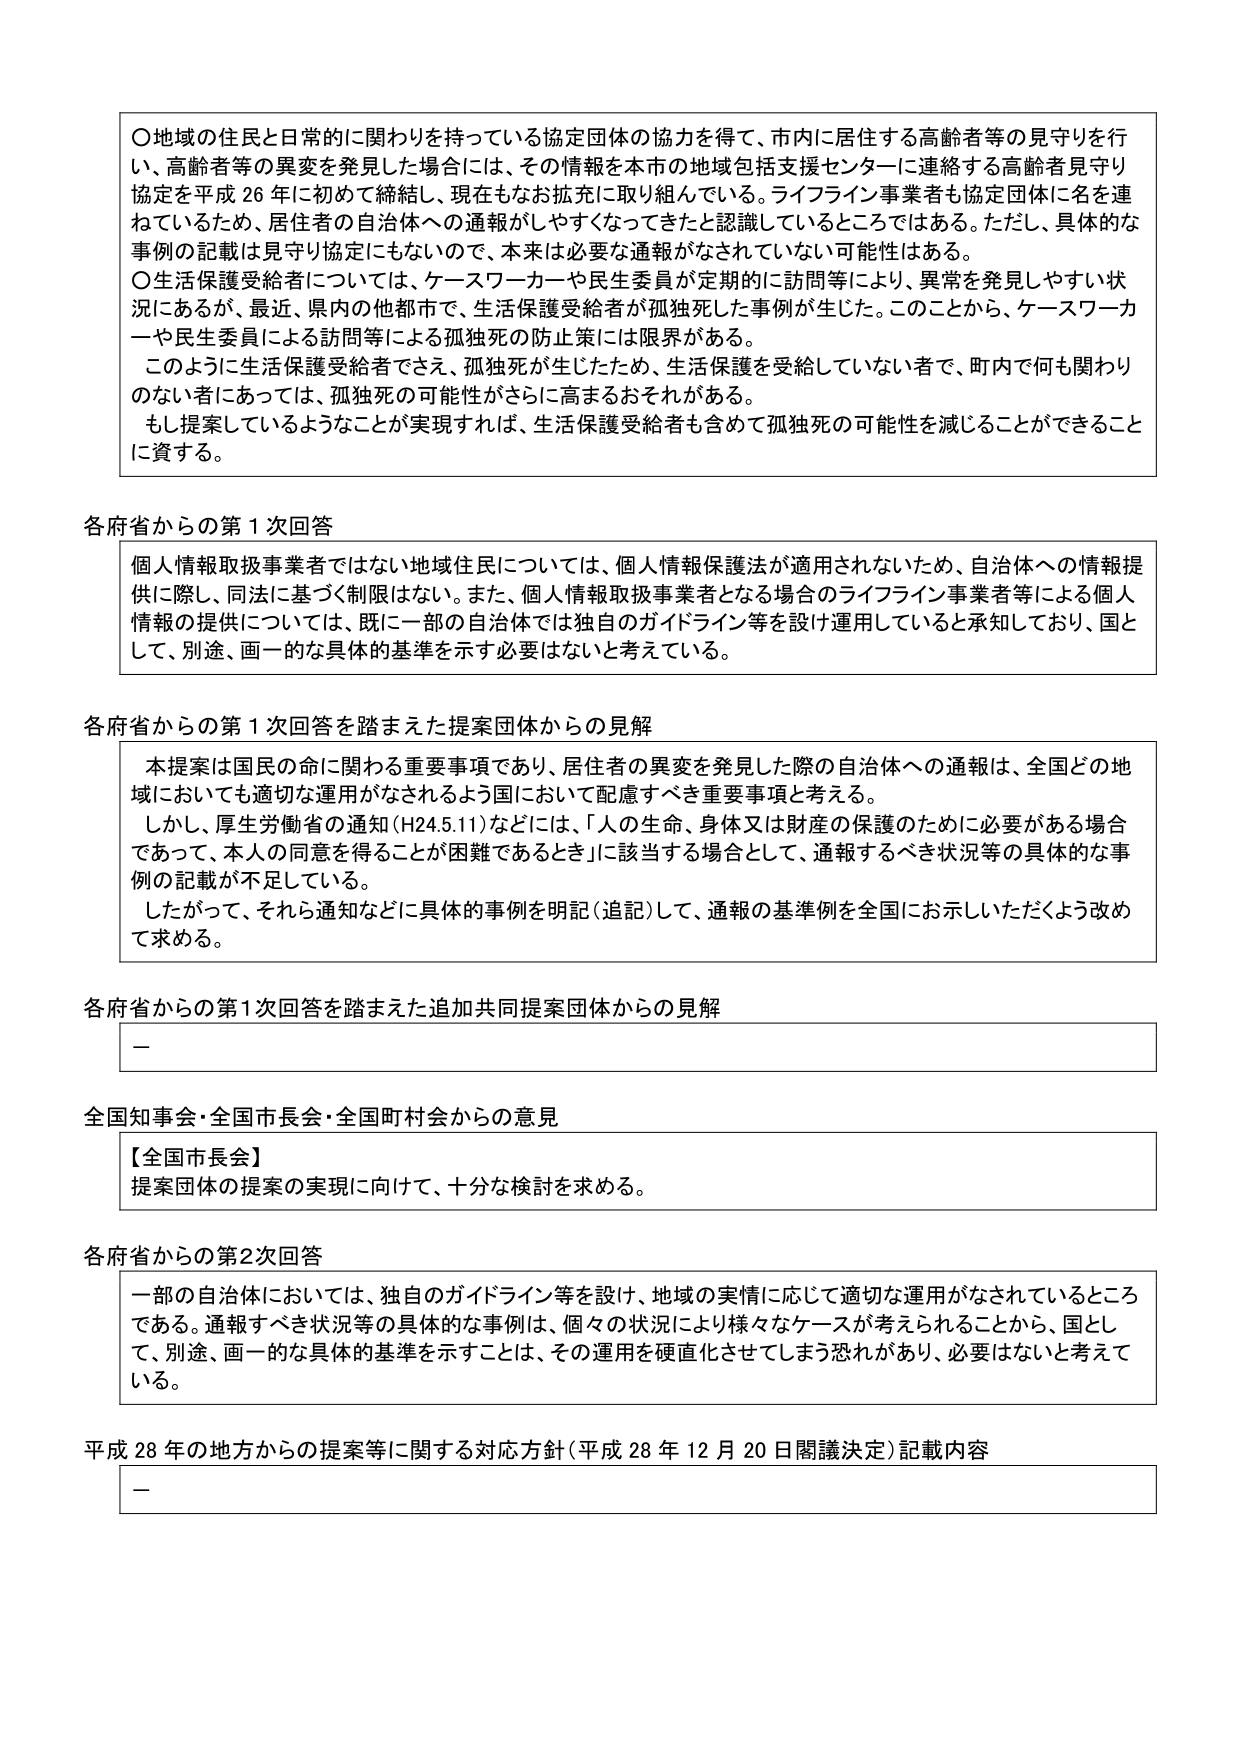
〇地域の住民と日常的に関わりを持っている協定団体の協力を得て、市内に居住する高齢者等の見守りを行い、高齢者等の異変を発見した場合には、その情報を本市の地域包括支援センターに連絡する高齢者見守り協定を平成26年に初めて締結し、現在もなお拡充に取り組んでいる。ライフライン事業者も協定団体に名を連ねているため、居住者の自治体への通報がしやすくなってきたと認識しているところではある。ただし、具体的な事例の記載は見守り協定にもないので、本来は必要な通報がなされていない可能性はある。

〇生活保護受給者については、ケースワーカーや民生委員が定期的に訪問等により、異常を発見しやすい状況にあるが、最近、県内の他都市で、生活保護受給者が孤独死した事例が生じた。このことから、ケースワーカーや民生委員による訪問等による孤独死の防止策には限界がある。

このように生活保護受給者でさえ、孤独死が生じたため、生活保護を受給していない者で、町内で何も関わりのない者にあっては、孤独死の可能性がさらに高まるおそれがある。

もし提案しているようなことが実現すれば、生活保護受給者も含めて孤独死の可能性を減じることができることに資する。

各府省からの第1次回答

個人情報取扱事業者ではない地域住民については、個人情報保護法が適用されないため、自治体への情報提供に際し、同法に基づく制限はない。また、個人情報取扱事業者となる場合のライフライン事業者等による個人情報の提供については、既に一部の自治体では独自のガイドライン等を設計運用していると承知しており、国として、別途、画一的な具体的基準を示す必要はないと考えている。

各府省からの第1次回答を踏まえた提案団体からの見解

本提案は国民の命に関わる重要事項であり、居住者の異変を発見した際の自治体への通報は、全国どの地域においても適切な運用がなされるよう国において配慮すべき重要事項と考える。

しかし、厚生労働省の通知（H24.5.11）などには、「人の生命、身体又は財産の保護のために必要がある場合であって、本人の同意を得ることが困難であるとき」に該当する場合として、通報するべき状況等の具体的な事例の記載が不足している。

したがって、それら通知などに具体的事例を明記（追記）して、通報の基準例を全国にお示しいただくよう改めて求める。

各府省からの第1次回答を踏まえた追加共同提案団体からの見解

ー

全国知事会・全国市長会・全国町村会からの意見

【全国市長会】
提案団体の提案の実現に向けて、十分な検討を求める。

各府省からの第2次回答

一部の自治体においては、独自のガイドライン等を設計、地域の実情に応じて適切な運用がなされているところである。通報すべき状況等の具体的な事例は、個々の状況により様々なケースが考えられることから、国として、別途、画一的な具体的基準を示すことは、その運用を硬直化させてしまう恐れがあり、必要はないと考えている。

平成28年の地方からの提案等に関する対応方針（平成28年12月20日閣議決定）記載内容

ー